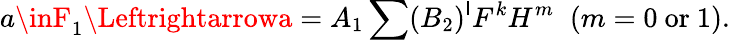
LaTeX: a\inF_{1}\Leftrightarrowa=A_{1}\sum(B_{2})^{\mathsf{l}}F^{k}H^{m}\; \; (m=0\mathrm{{~or~}}1).